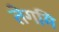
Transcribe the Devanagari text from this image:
तेगमि